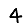
Digit: 4